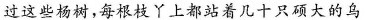
过这些杨树，每根枝丫上都站着几十只硕大的乌